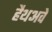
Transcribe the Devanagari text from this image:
हैथअवे